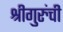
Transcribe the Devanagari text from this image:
श्रीगुरुंची